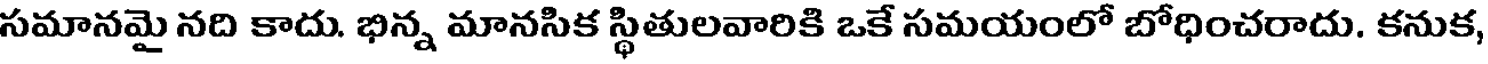
సమానమై నది కాదు. భిన్న మానసిక స్థితులవారికి ఒకే సమయంలో బోధించరాదు. కనుక,